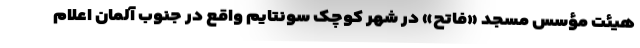
هیئت مؤسس مسجد «فاتح» در شهر کوچک سونتایم واقع در جنوب آلمان اعلام